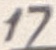
Text: 17